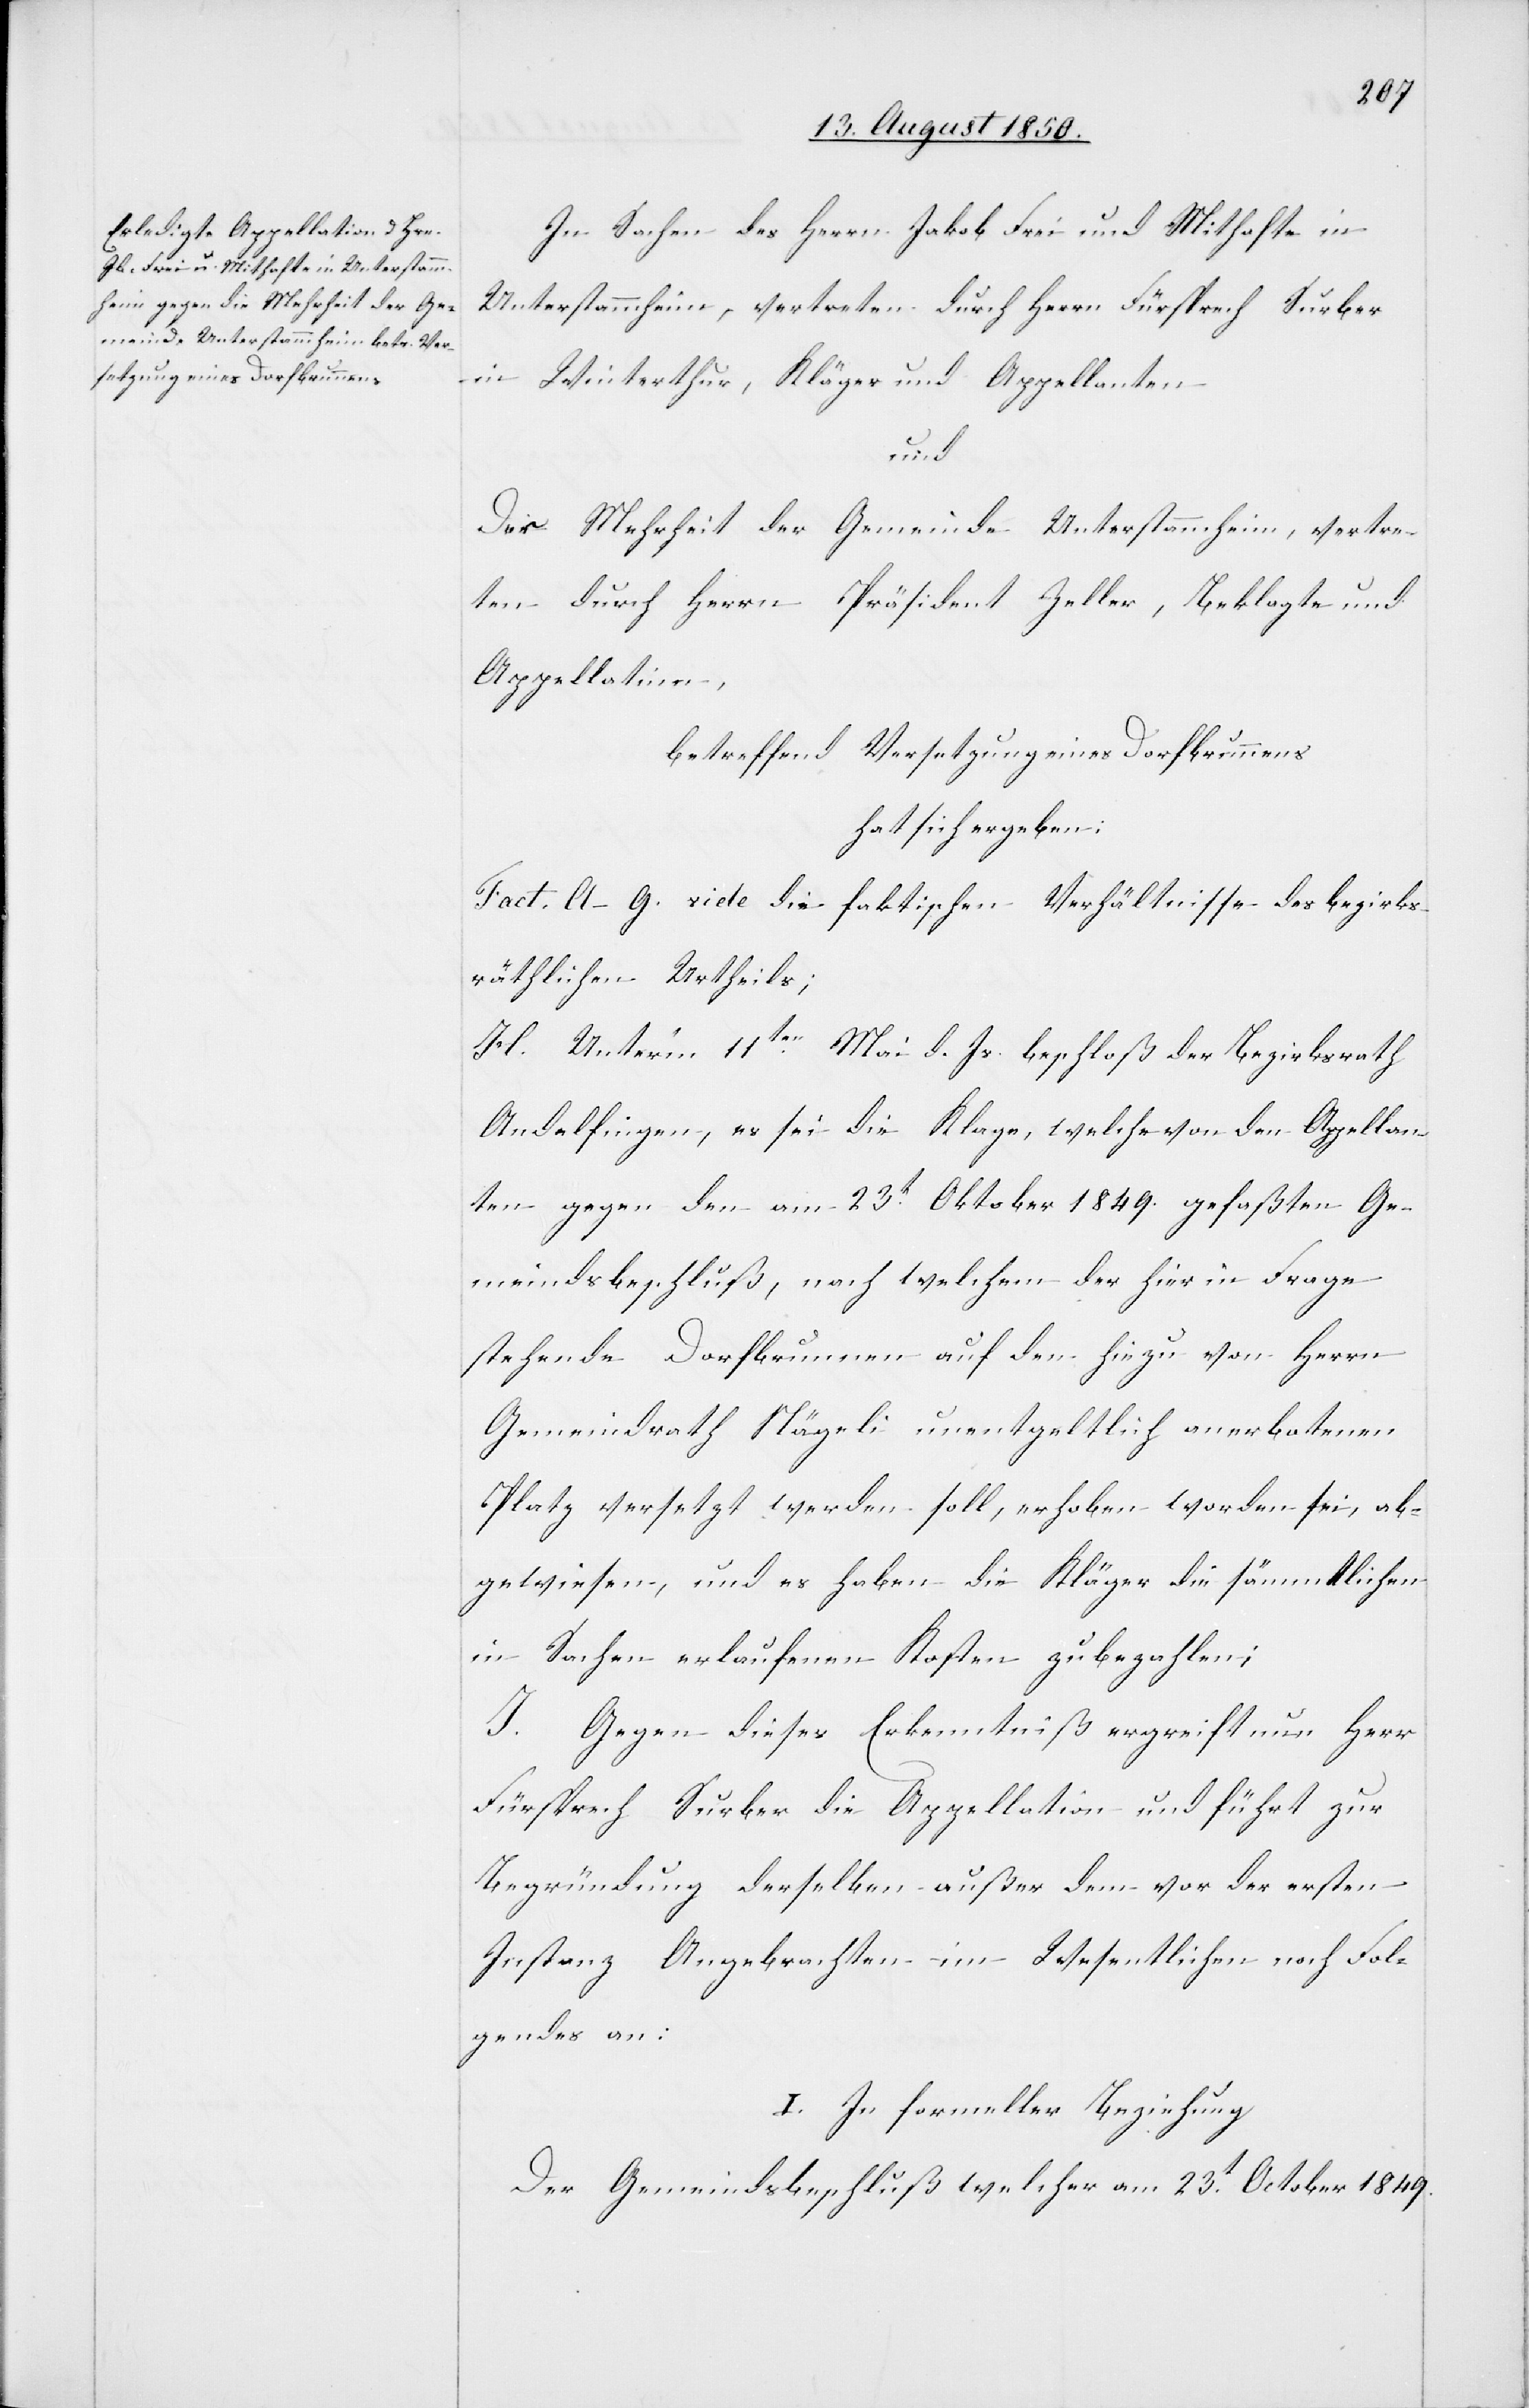
In Sachen des Herrn Jakob Frei und Mithafte in
Unterstammheim, vertreten durch Herrn Fürsprech Surber
in Winterthur, Kläger und Appellanten
und
Der Mehrheit der Gemeinde Unterstammhein, vertre¬
ten durch Herrn Präsident Zeller, Beklagte und
Appellatinn,
betreffend Versetzung eines Dorfbrunnens
hat sich ergeben:
Fact. A–G. vide die faktischen Verhältnisse des bezirks¬
räthlichen Urtheils;
H. Unter’m 11ten Mai d. Js. beschloß der Bezirksrath
Andelfingen, es sei die Klage, welche von den Appellan¬
ten gegen den am 23t Oktober 1849. gefaßten Ge¬
meindsbeschluß, nach welchem der hier in Frage
stehende Dorfbrunnen auf den hiezu von Herrn
Gemeindrath Nägeli unentgeltlich anerbotenen
Platz versetzt werden soll, erhoben worden sei, ab¬
gewiesen, und es haben die Kläger die sämmtlichen
in Sachen erlaufenen Kosten zu bezahlen;
I. Gegen dieses Erkenntniß ergreift nun Herr
Fürsprech Surber die Appellation und führt zur
Begründung derselben außer dem vor der ersten
Instanz Angebrachten im Wesentlichen noch Fol¬
gendes an:
I. In formeller Beziehung
Der Gemeindsbeschluß welcher am 23t Oktober 1849.